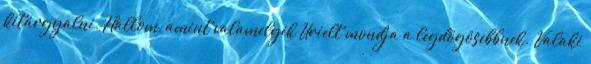
kitárgyalni. Hallom, amint valamelyik Urielt mondja a legdögösebbnek. Valaki